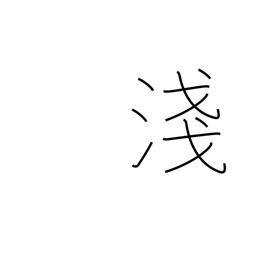
Meaning: not deep